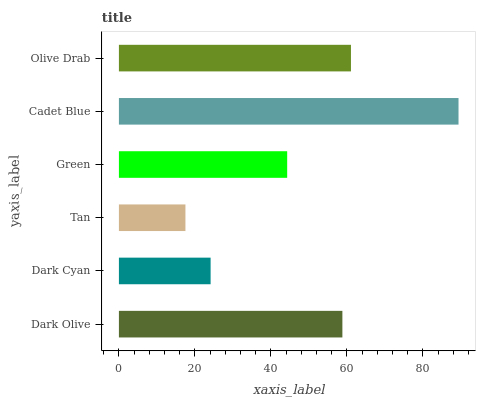
| yaxis_label | bars |
 | --- | --- |
 | Dark Olive | 58.8 |
 | Dark Cyan | 24.1 |
 | Tan | 17.5 |
 | Green | 44.3 |
 | Cadet Blue | 89.4 |
 | Olive Drab | 61.1 |